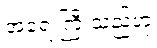
အရေးကြီးသည်ဟု